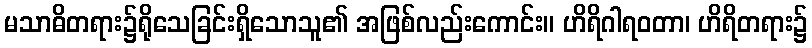
မသာဓိတရား၌ရိုသေခြင်းရှိသောသူ၏ အဖြစ်လည်းကောင်း။ ဟိရိဂါရဝတာ၊ ဟိရိတရား၌